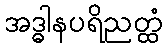
အဒ္ဓါနပရိညတ္ထံ